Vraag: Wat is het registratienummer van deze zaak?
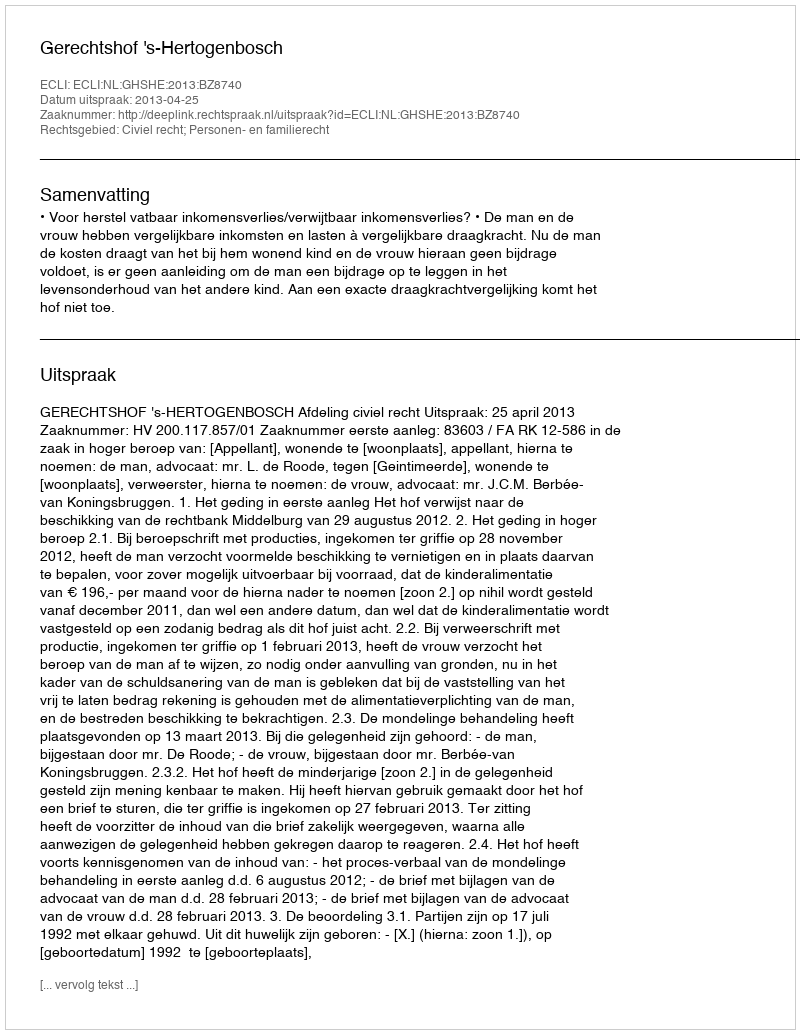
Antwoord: http://deeplink.rechtspraak.nl/uitspraak?id=ECLI:NL:GHSHE:2013:BZ8740